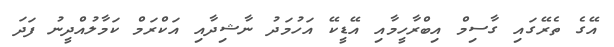
އޭގެ ތެރޭގައި ގާސިމް އިބްރާހީމާއި އޭޑީކޭ އަހުމަދު ނާޝިދާއި އަކްރަމް ކަމާލުއްދީނު ފަދަ